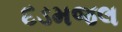
દડમજલ